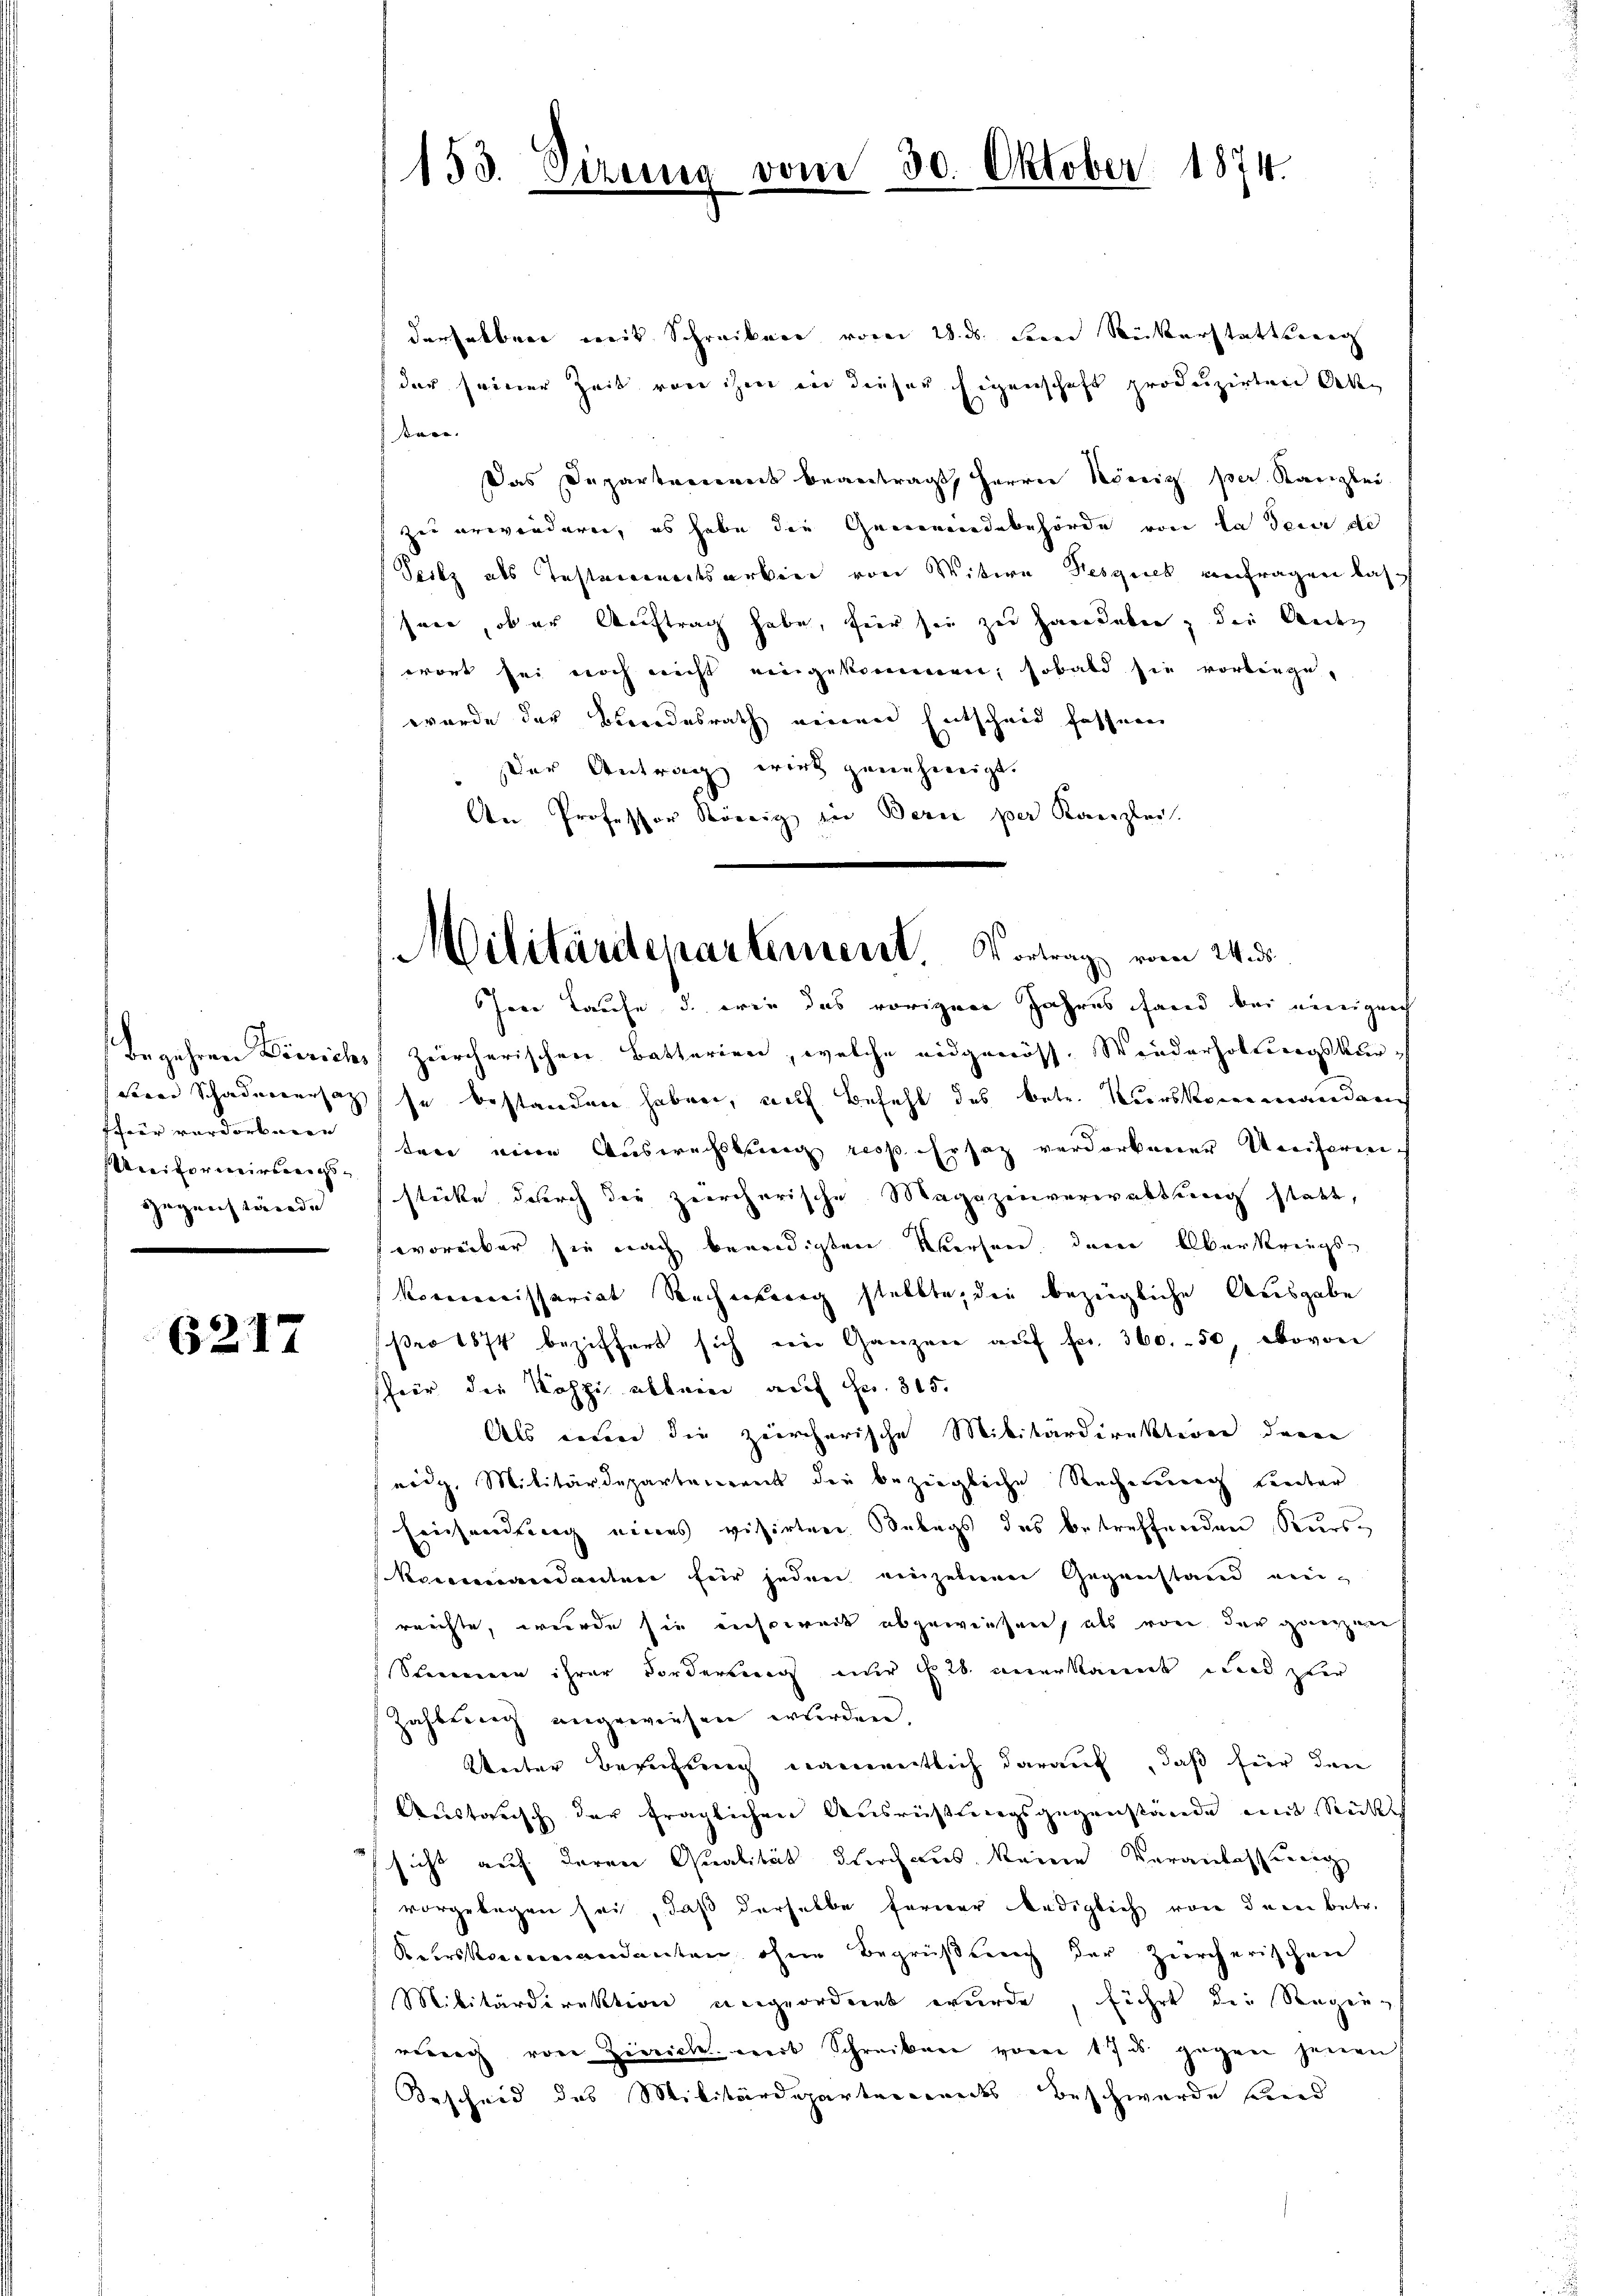
een Schadenersatzfheer verdorberen
Uniformerswegs¬
Gegenstände

6217

derselben weit Schreiben vom 28. ds. seine Rückerstatteng
(der seiner Zeit von ihm in dieser Eigenschaft produzirten Aben
sten.
Das Departement beantragt, Herrn König per. Kanzlei
zu erwinderen, es habe die Gemeindebehörde von la dein de
(Seitz als Testandertsarbene von Witwe Desgieb anfragen las
seer, ober Auftrag habe, für sie zu handeben, die Ander
wort sei noch nicht eingekommen, sobald sie vorbengewurde der Bundesrath einen Entscheid fassen
der Antrag wird genehmigt.
den Professor König in Berne per Kanzlei.

153. Dire

vom 30. Oktober 1874.

Militärdepartement. Vortrag vom 24. ds.

Joe Laufe, d. wie das vorigen Jahres fand bei neingeich
Begehren Dörrichs zürcherischen Batterien, welche eidgenöss. Wiederholtungskurse bestanden haben, auf Befehl des betr. Kurskommandern
ten eine Auswachsburg resp. Ersatz verdorbener Unferenstücke durch die zuercherische Magazinverwettung stett,
vorüber sie nach beendigten Weesen, dem Oberkriegs-
Koconomissariat Rechnung stellte, die bezügliche Ausgabe
pro 1874 beziffert sich eine Ganzen aŭf fr. 360. 50, wovon
für die Koshi allein auf Fr. 315.
Als einer die zeircherische Militärdirektion deren
weig. Militärdepartement die beziegliche Rechnung Kennter
Einsendung eines visirten Belegs des betreffenden Kurskomandantner für jeden einzelnen Gegenstand einreichte, wurde sie instweil abgewiesen, als von der ganzen
Stammenen ihrer Forderung nur No 28. anerkannt und zer
Zahlung angewiesen wurden,
Weiter Berufung namentlich darauf, daß für den
Austausch der fraglichen Ausrüstungsgegenstände mit Rücksicht auf deren Qualität durchaus keine Veranlassung
vorgelegen sei, daß derselbe ferner lediglich von der betr.
Keirskommandanten ohne Begrüßung der Zürcherischen
Militärdirektion angeordnet wurde, führt die Regung
ruch von Zürich wert Schreiben vom 17. ds gegen jenen
Bescheid des Militärdeparten andes Beschwerde sind